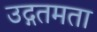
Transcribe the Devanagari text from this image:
उद्गतमता